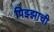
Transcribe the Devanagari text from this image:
पिझ्झाची